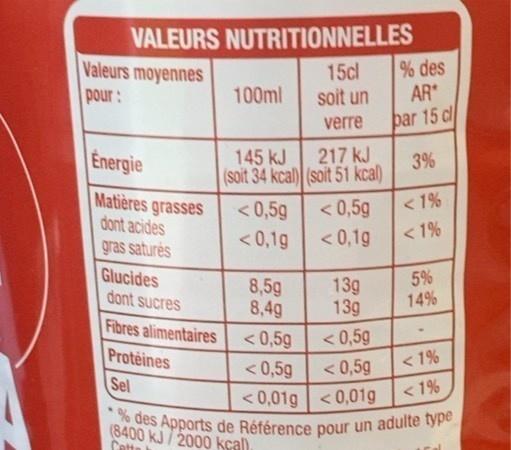
VALEURS NUTRITIONNELLES
Valeurs moyennes
pour:
Energie
Matières grasses
dont acides
gras saturés
Glucides
dont sucres
Fibres alimentaires
Protéines
Sel
100ml
145 kJ
(soit 34 kcal)
<0,5g
<0,1g
8,5g
8,4g
15cl
soit un
verre
217 kJ
(soit 51 kcal)
<0,5g
<0,1g
13g
13g
<0,5g
<0,5g
<0,5g
<0,5g
<0,01g <0,01g
% des
AR
par 15 cl
3%
< 1%
<1%
5%
14%
< 1%
<1%
% des Apports de Référence pour un adulte type
(8400 kJ/2000 kcal).
Cette